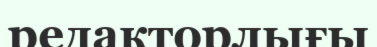
редакторлығы